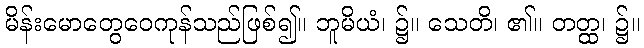
မိန်းမောတွေဝေကုန်သည်ဖြစ်၍။ ဘူမိယံ၊ ၌။ သေတိ၊ ၏။ တတ္ထ၊ ၌။